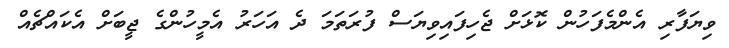
ވިޔަފާރި އެންމެފަހުން ކޮޅަށް ޖެހިފައިވިޔަސް ފުރަތަމަ ދެ އަހަރު އެމީހުންގެ ޖީބަށް އެކައްޗެއް